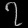
Digit: ၇